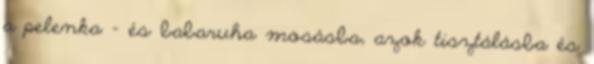
a pelenka - és babaruha mosásba, azok tisztálásba és